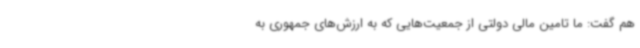
هم گفت: ما تامین مالی دولتی از جمعیت‌هایی که به ارزش‌های جمهوری به